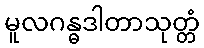
မူလဂန္ဓဒါတာသုတ္တံ